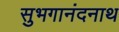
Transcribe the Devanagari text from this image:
सुभगानंदनाथ